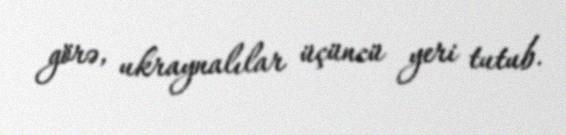
görə, ukraynalılar üçüncü yeri tutub.